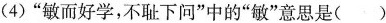
(4)”敏而好学，不耻下问”中的”敏”意思是()